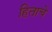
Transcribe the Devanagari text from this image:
हिताचें